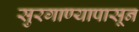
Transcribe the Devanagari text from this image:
सुरगाण्यापासून